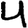
Digit: 4